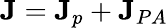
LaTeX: \textbf{J}=\textbf{J}_{p}+\textbf{J}_{PA}